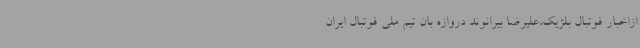
ازاخبار فوتبال بلژیک،علیرضا بیرانوند دروازه بان تیم ملی فوتبال ایران